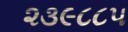
૨૩૯૮૮૫